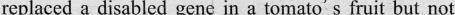
replaced a disabled gene in a tomato's fruit but not